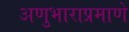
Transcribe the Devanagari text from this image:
अणुभाराप्रमाणे